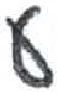
אות: ע